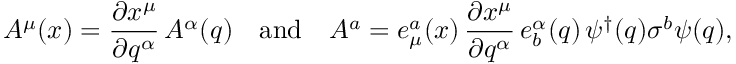
A ^ { \mu } ( x ) = \frac { \partial x ^ { \mu } } { \partial q ^ { \alpha } } \, A ^ { \alpha } ( q ) \quad \mathrm { a n d } \quad A ^ { a } = e _ { \mu } ^ { a } ( x ) \, \frac { \partial x ^ { \mu } } { \partial q ^ { \alpha } } \, e _ { b } ^ { \alpha } ( q ) \, \psi ^ { \dagger } ( q ) \sigma ^ { b } \psi ( q ) ,